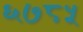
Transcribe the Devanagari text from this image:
६७८५